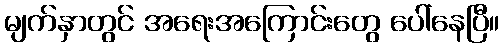
မျက်နှာတွင် အရေးအကြောင်းတွေ ပေါ်နေပြီ။